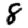
Digit: 8